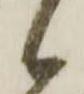
候